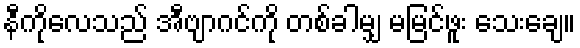
နီကိုလေသည် အီဗျာဂင်ကို တစ်ခါမျှ မမြင်ဖူး သေးချေ။